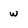
Character: w